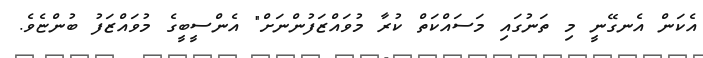
އެކަން އެނގޭނީ މި ތަނުގައި މަސައްކަތް ކުރާ މުވައްޒަފުންނަށް" އެންސީބީގެ މުވައްޒަފު ބުންޏެވެ.